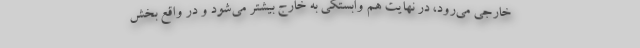
خارجی می‌رود، در نهایت هم وابستگی به خارج بیشتر می‌شود و در واقع بخش